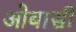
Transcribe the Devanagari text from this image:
ओबासी